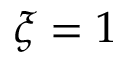
\xi = 1